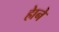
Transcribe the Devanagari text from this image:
हाेने